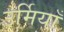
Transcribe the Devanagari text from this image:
उर्मियाँ